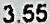
3.55